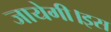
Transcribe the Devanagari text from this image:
जायेगी।इस